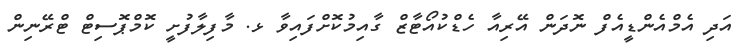
އަދި އެމްއެންޑީއެފް ނޮދަން އޭރިއާ ހެޑްކުއޯޓާޒް ގާއިމުކޮށްފައިވާ ޅ. މާފިލާފުށީ ކޮމްޕޮސިޓް ޓްރޭނިން